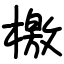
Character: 檄